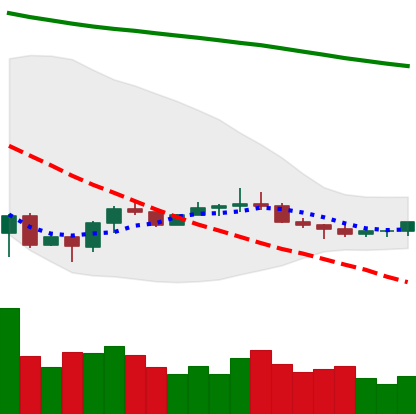
Ticker: ETC-USD
Chart end date: 2022-07-04
Forward return: 3.063%
Label: up_3_5